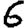
Digit: 6